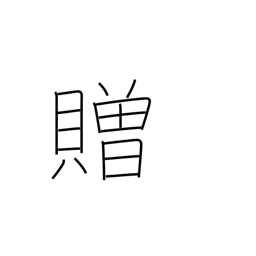
Meaning: confer on